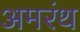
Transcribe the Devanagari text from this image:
अमरंथ